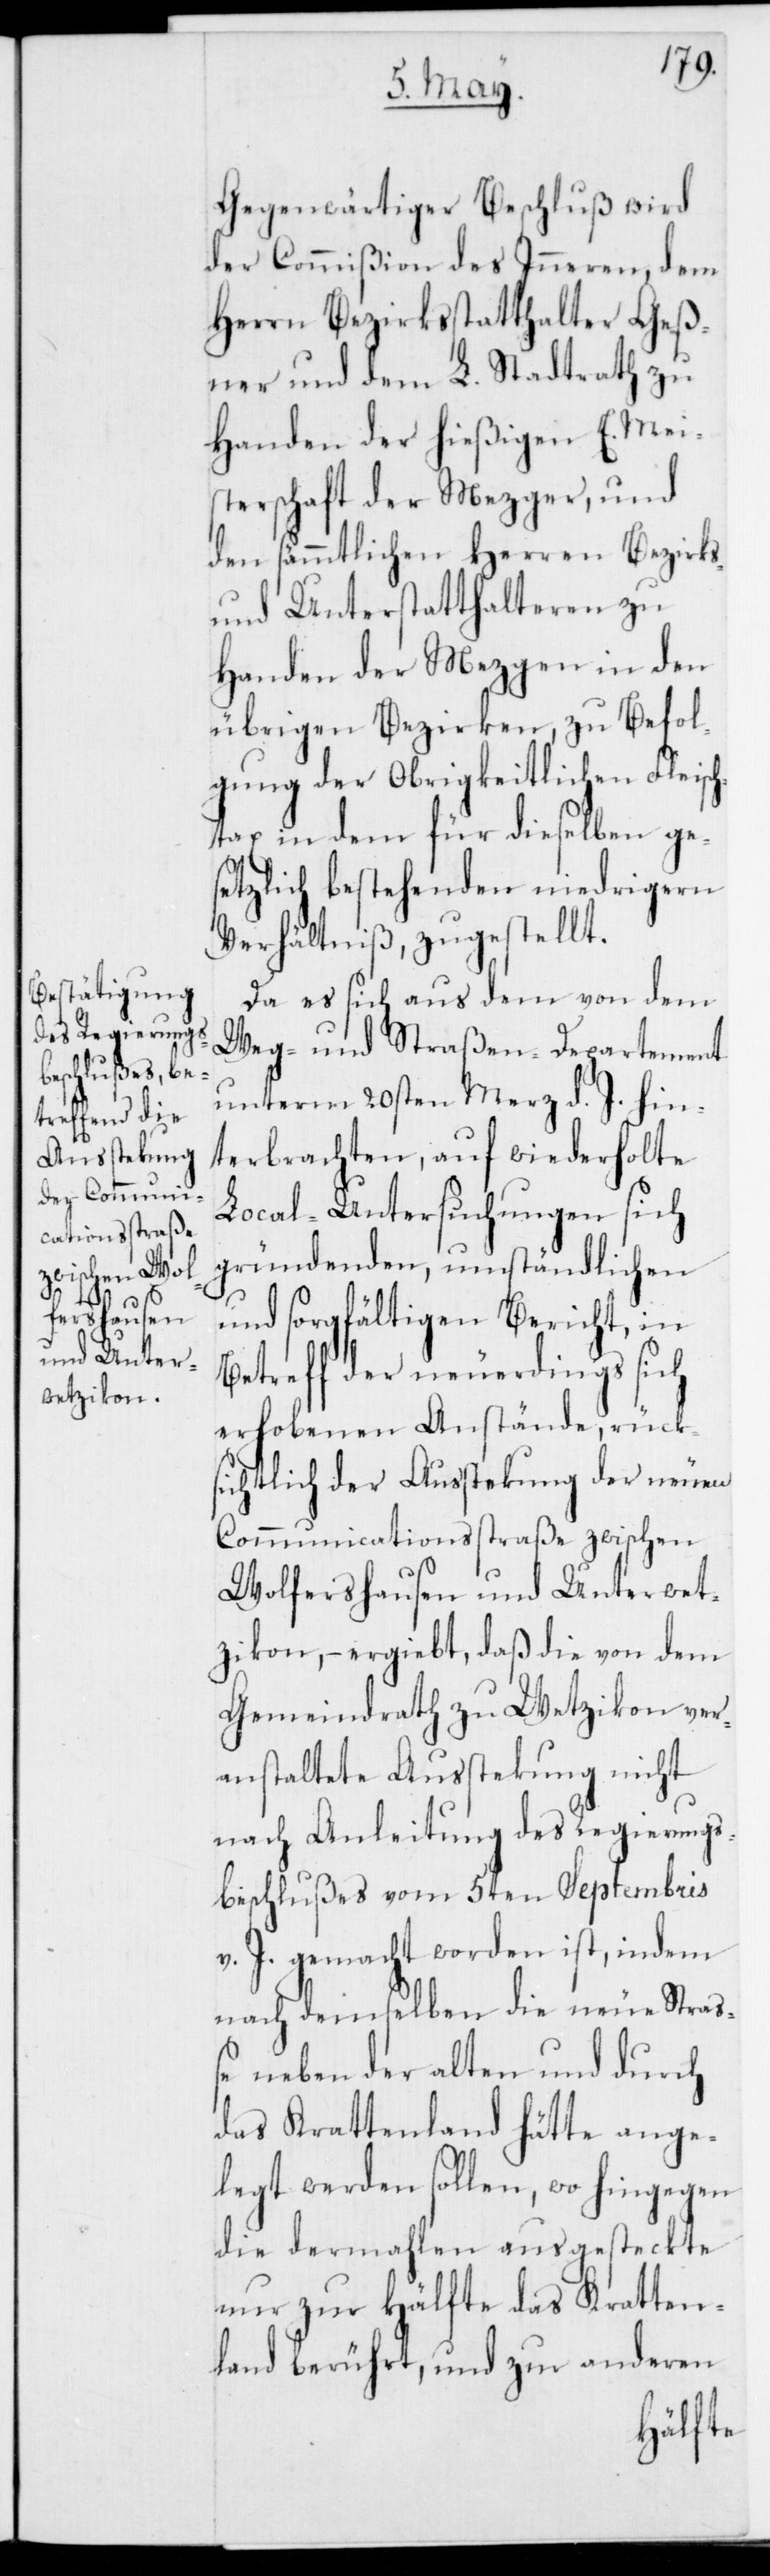
Gegenwärtiger Beschluß wird
der Commißion des Inneren, dem
Herrn Bezirksstatthalter Geß¬
ner und dem L. Stadtrath zu
Handen der hießigen E. Mei¬
sterschaft der Mezger, und
den sämmtlichen Herren Bezirks-
und Unterstatthalteren zu
Handen der Mezgen in den
übrigen Bezirken, zu Befol¬
gung der Obrigkeitlichen Fleisch¬
tax in dem für dieselben ge¬
setzlich bestehenden niedrigern
Verhältniß, zugestellt.
Da es sich aus dem von dem
Weg- und Straßen-Departement
unterm 20sten Merz d. J. hin¬
terbrachten, auf wiederholte
Local-Untersuchungen sich
gründenden, umständlichen
und sorgfältigen Bericht, in
Betreff der neuerdings sich
erhobenen Anstände, rücks¬
ichtlich der Aussteckung der neuen
Communicationsstraße zwischen
Wolfershausen und Unterwet¬
zikon, – ergiebt, daß die von dem
Gemeindrath zu Wetzikon ver¬
anstaltete Aussteckung nicht
nach Anleitung des Regierungs¬
beschlußes vom 5ten Septembris
v. J. gemacht worden ist, indem
nach demselben die neue Stra¬
ße neben der alten und durch
das Krattenland hätte ange¬
legt werden sollen, wo hingegen
die dermahlen ausgesteckte
nur zur Hälfte das Kratten¬
land berührt, und zur anderen